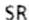
SR